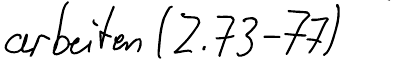
arbeiten (Z.73-77)